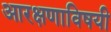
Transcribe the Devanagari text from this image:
आरक्षणाविषयी